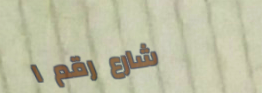
شارع رقم ١